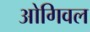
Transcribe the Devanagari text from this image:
ओगिवल